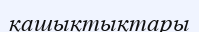
қашықтықтары